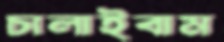
চালাইবাম